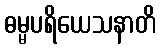
ဓမ္မပရိယေသနာတိ